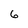
Character: 6